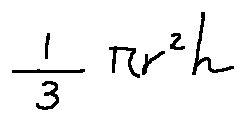
\frac { 1 } { 3 } \pi r ^ { 2 } h